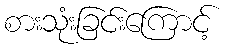
စားသုံးခြင်းကြောင့်